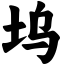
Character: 坞